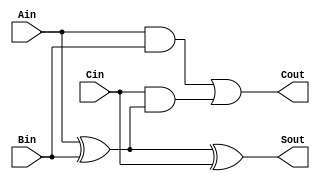
`timescale 1ns / 1ps

module full_adder(
    input Ain,
    input Bin,
    input Cin,
    output Sout,
    output Cout
    );
    assign Sout=Ain^Bin^Cin; 
    assign Cout=(Ain&Bin) | (Cin&(Ain^Bin));
   
endmodule